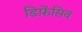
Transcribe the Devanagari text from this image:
डिफ़ेंसिव